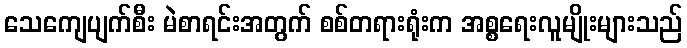
သေကျေပျက်စီး မဲစာရင်းအတွက် စစ်တရားရုံးက အစ္စရေးလူမျိုးများသည်